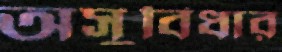
অসুবিধার